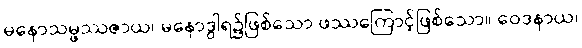
မနောသမ္ဖဿဇာယ၊ မနောဒွါရ၌ဖြစ်သော ဖဿကြောင့်ဖြစ်သော။ ဝေဒနာယ၊